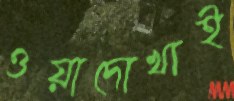
ওয়াদোখাই